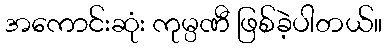
အကောင်းဆုံး ကုမ္ပဏီ ဖြစ်ခဲ့ပါတယ်။